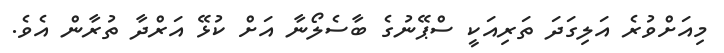
މިއަށްވުރެ އަލިގަދަ ތަރިއަކީ ސްޕޭނުގެ ބާސެލޯނާ އަށް ކުޅޭ އަރްދާ ތުރާން އެވެ.